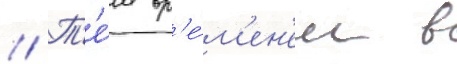
// Т'е́м вр'е́м'ен'ем в